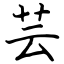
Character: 芸